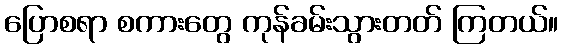
ပြောစရာ စကားတွေ ကုန်ခမ်းသွားတတ် ကြတယ်။